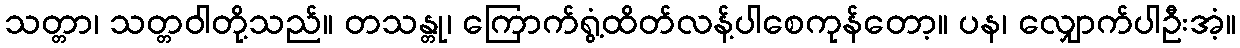
သတ္တာ၊ သတ္တဝါတို့သည်။ တသန္တု၊ ကြောက်ရွံ့ထိတ်လန့်ပါစေကုန်တော့။ ပန၊ လျှောက်ပါဦးအံ့။